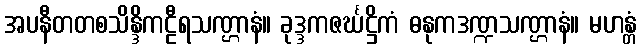
အပနီတတစသိန္ဒိကဠီရသဏ္ဌာနံ။ ခုဒ္ဒကဇင်္ဃဋ္ဌိကံ ဓနုကဒဏ္ဍသဏ္ဌာနံ။ မဟန္တံ